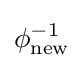
\phi _{\mathrm {new} }^{-1}